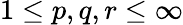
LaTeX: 1\leq p,q,r\leq\infty